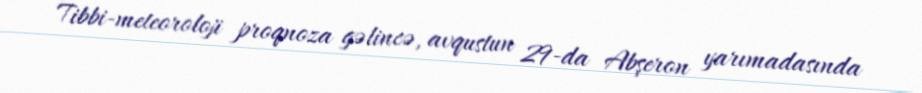
Tibbi-meteoroloji proqnoza gəlincə, avqustun 29-da Abşeron yarımadasında